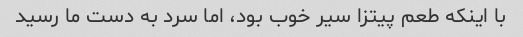
با اینکه طعم پیتزا سیر خوب بود، اما سرد به دست ما رسید